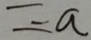
= - a